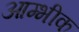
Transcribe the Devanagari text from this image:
आम्भीक